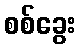
စစ်ခွေး